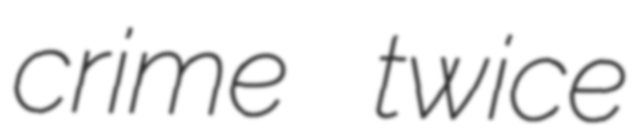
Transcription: crime twice